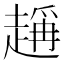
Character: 𧽃